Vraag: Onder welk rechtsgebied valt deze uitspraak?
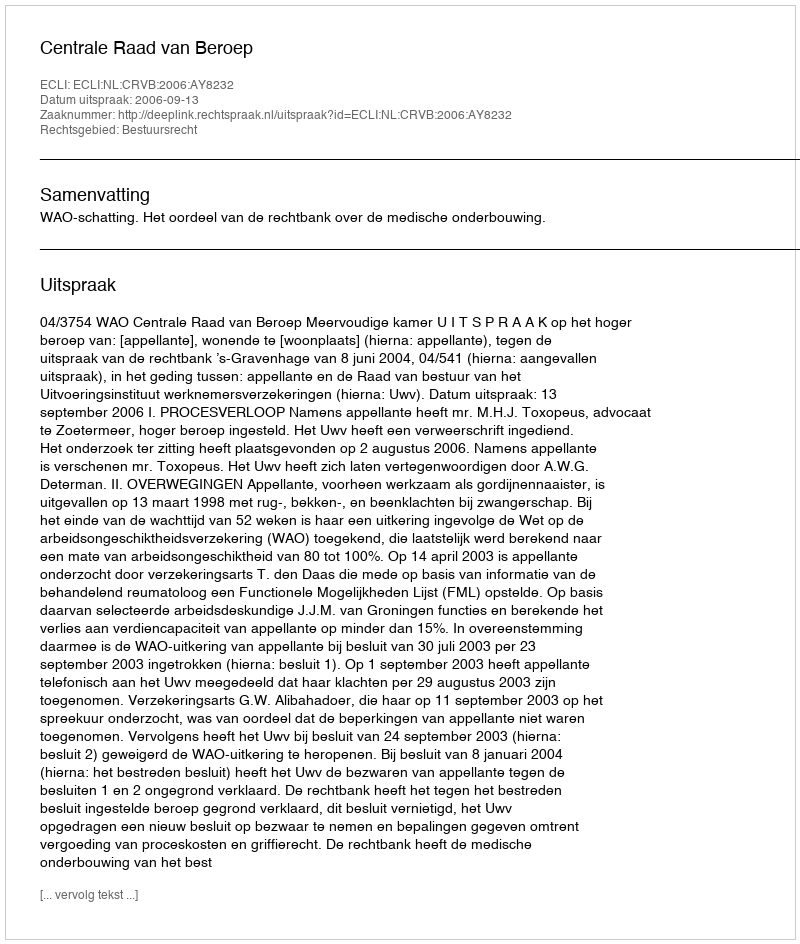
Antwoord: Bestuursrecht